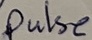
Text: Pulse